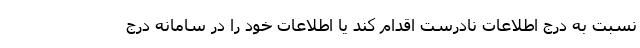
نسبت به درج اطلاعات نادرست اقدام کند یا اطلاعات خود را در سامانه درج